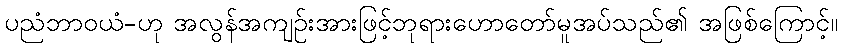
ပညံဘာဝယံ-ဟု အလွန်အကျဉ်းအားဖြင့်ဘုရားဟောတော်မူအပ်သည်၏ အဖြစ်ကြောင့်။